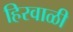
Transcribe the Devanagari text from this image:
हिरवाळी